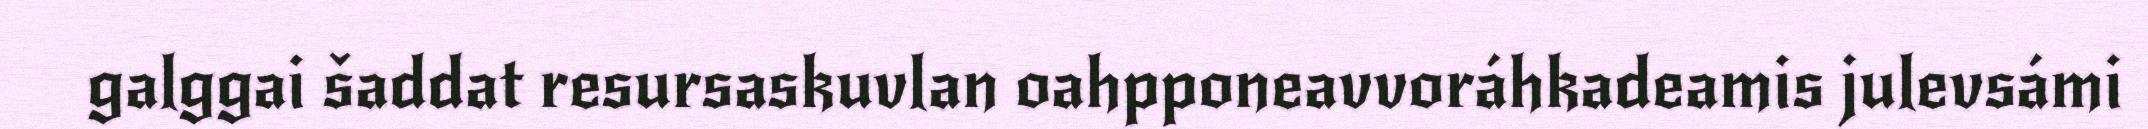
galggai šaddat resursaskuvlan oahpponeavvoráhkadeamis julevsámi